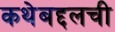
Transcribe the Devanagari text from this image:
कथेबद्दलची